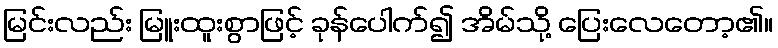
မြင်းလည်း မြူးထူးစွာဖြင့် ခုန်ပေါက်၍ အိမ်သို့ ပြေးလေတော့၏။